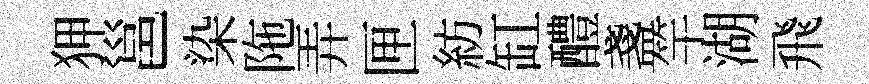
狎邕染陁弄匣紡缸醴盞竿湖飛